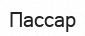
Пассар